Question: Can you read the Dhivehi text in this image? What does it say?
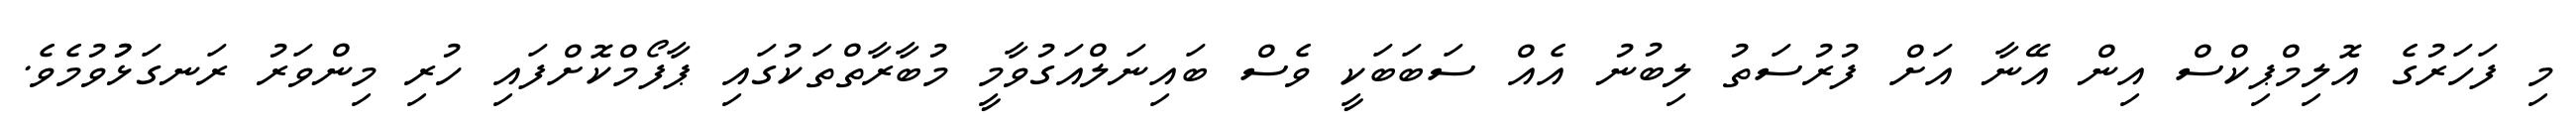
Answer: މި ފަހަރުގެ އޮލިމްޕިކްސް އިން އޭނާ އަށް ފުރުސަތު ލިބުނު އެއް ސަބަބަކީ ވެސް ބައިނަލްއަގުވާމީ މުބާރާތްތަކުގައި ޕާފޯމްކޮށްފައި ހުރި މިންވަރު ރަނގަޅުުވުމެވެ.